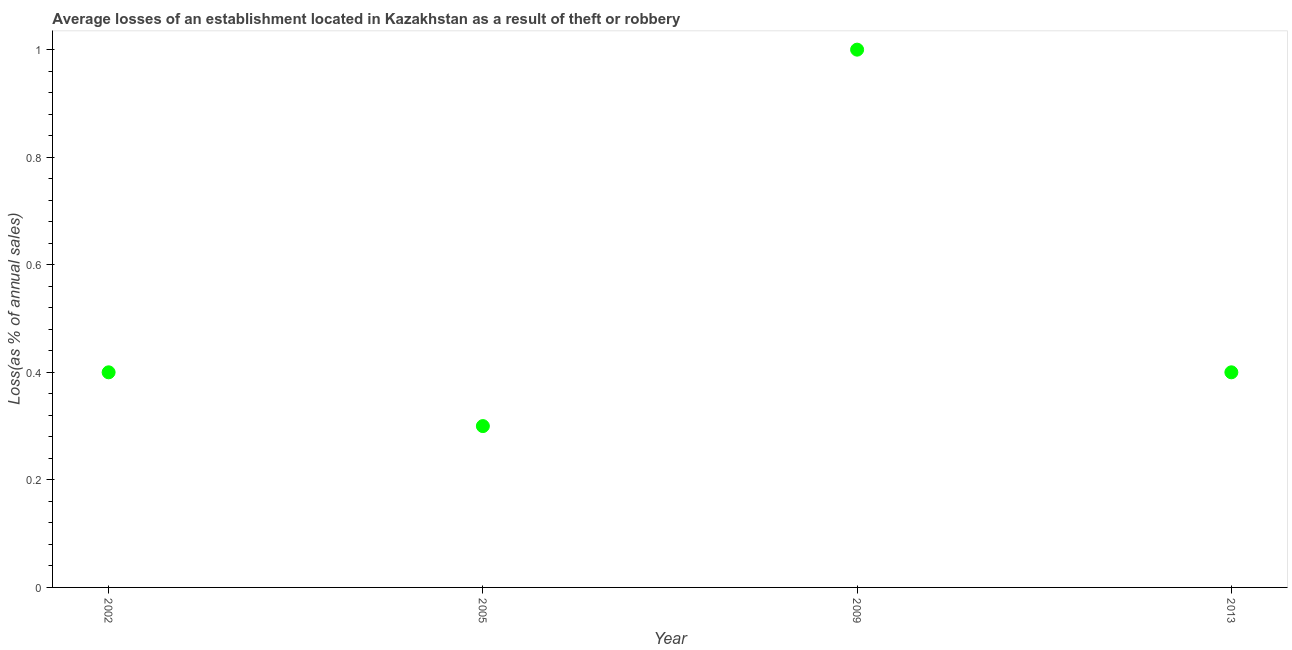
| Year | Losses due to theft |
 | --- | --- |
 | 2002 | 0.4 |
 | 2005 | 0.3 |
 | 2009 | 1 |
 | 2013 | 0.4 |